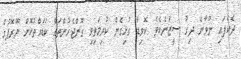
ދެކެފައި ނުވާނެ ދިގު ސީޒަނެކެވެ. ކޮވިޑާ ގުޅިގެން ކުރިމަތިވި ގޮންޖެހުންތައް ކަޑައްތުކޮށް ޔޫރޮޕުގެ